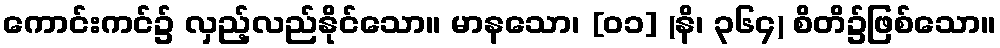
ကောင်းကင်၌ လှည့်လည်နိုင်သော။ မာနသော၊ [၀၁] (နိ၊ ၃၆၄) စိတိ၌ဖြစ်သော။